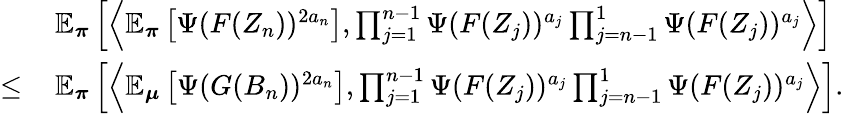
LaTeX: \begin{array}{rl}&{\mathbb{E}_{\boldsymbol\pi}\left[\left\langle\mathbb{E}_{\boldsymbol\pi}\left[\Psi(F(Z_{n}))^{2a_{n}}\right],\prod_{j=1}^{n-1}\Psi(F(Z_{j}))^{a_{j}}\prod_{j=n-1}^{1}\Psi(F(Z_{j}))^{a_{j}}\right\rangle\right]}\\ {\leq\, }&{\mathbb{E}_{\boldsymbol\pi}\left[\left\langle\mathbb{E}_{\boldsymbol\mu}\left[\Psi(G(B_{n}))^{2a_{n}}\right],\prod_{j=1}^{n-1}\Psi(F(Z_{j}))^{a_{j}}\prod_{j=n-1}^{1}\Psi(F(Z_{j}))^{a_{j}}\right\rangle\right].}\end{array}